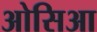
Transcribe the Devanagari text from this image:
ओसिआ